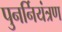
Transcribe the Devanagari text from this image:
पुनर्नियंत्रण